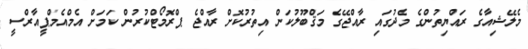
މެލޭޝިއާގެ ރައްޔިތުންގެ މެދުގައި ރާއްޖޭގެ މަޤްބޫލުކަން އިތުރުކޮށް ރާއްޖެ ޕްރޮމޯޓްކުރުން ކަމަށް އެމްއެމްޕީއާރްސީ